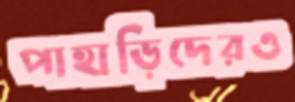
পাহাড়িদেরও